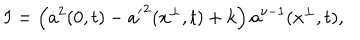
LaTeX: I = \left( \dot { a } ^ { 2 } ( 0 , t ) - { a ^ { \prime } } ^ { 2 } ( x ^ { \perp } , t ) + k \right) a ^ { \nu - 1 } ( x ^ { \perp } , t ) ,